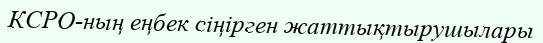
КСРО-ның еңбек сіңірген жаттықтырушылары